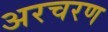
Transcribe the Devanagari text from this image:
अरचरण